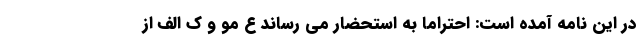
در این نامه آمده است: احتراماً به استحضار می رساند ع مو و ک الف از